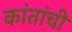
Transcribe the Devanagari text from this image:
कांतांची